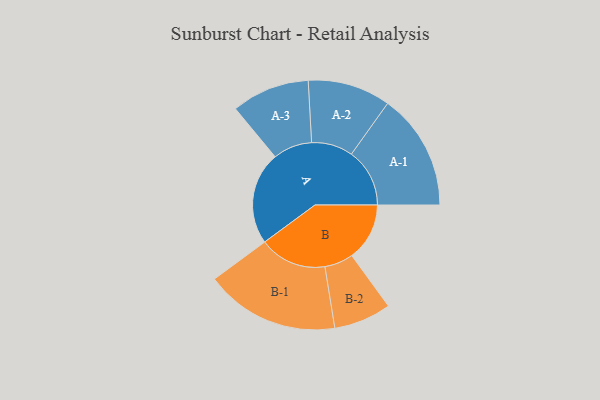
{"axis": {"x": "Segment", "y": "Value"}, "legend": ["", "A", "B"], "data": [{"x": "A", "y": 352, "type": ""}, {"x": "B", "y": 219, "type": ""}, {"x": "A-1", "y": 221, "type": "A"}, {"x": "A-2", "y": 157, "type": "A"}, {"x": "A-3", "y": 148, "type": "A"}, {"x": "B-1", "y": 255, "type": "B"}, {"x": "B-2", "y": 109, "type": "B"}]}